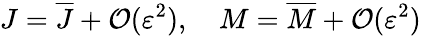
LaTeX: J=\overline{{J}}+\mathcal{O}(\varepsilon^{2}),\quad M=\overline{{M}}+\mathcal{O}(\varepsilon^{2})